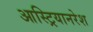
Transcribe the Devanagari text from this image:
आस्ट्रियानरेश